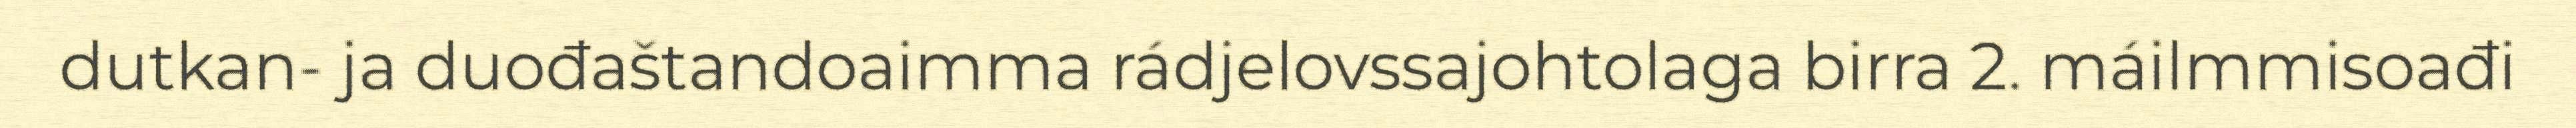
dutkan- ja duođaštandoaimma rádjelovssajohtolaga birra 2. máilmmisoađi